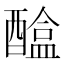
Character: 𨢴